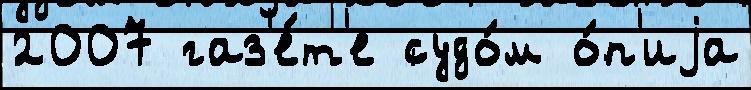
2007 газ'е́т'е судо́м о́п'иjа